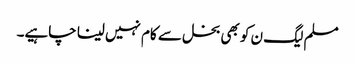
مسلم لیگ ن کو بھی بخل سے کام نہیں لینا چاہیے۔